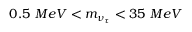
0 . 5 ~ M e V < m _ { \nu _ { \tau } } < 3 5 ~ M e V